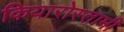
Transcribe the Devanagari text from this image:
कियारोस्तामी